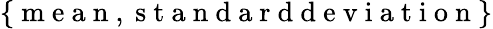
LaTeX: \{ \mathrm{~m~e~a~n~},\mathrm{~s~t~a~n~d~a~r~d~d~e~v~i~a~t~i~o~n~}\}